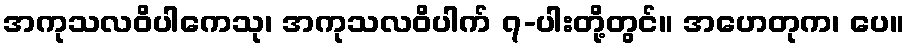
အကုသလဝိပါကေသု၊ အကုသလဝိပါက် ၇-ပါးတို့တွင်။ အဟေတုက၊ ပေ။